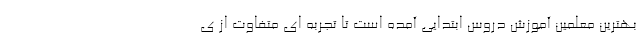
بهترین معلمین آموزش دروس ابتدایی آمده است تا تجربه ای متفاوت از ی